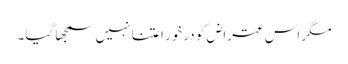
مگر اس عتراض کو درخور اعتنا نہیں سمجھا گیا۔